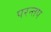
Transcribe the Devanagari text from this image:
परन्तप